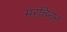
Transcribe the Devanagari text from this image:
मरचिरान